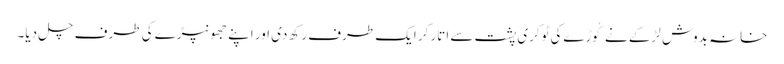
خانہ بدوش لڑکے نے کُوڑےکی ٹوکری پشت سے اتار کر ایک طرف رکھ دی اور اپنے جھونپڑے کی طرف چل دیا۔